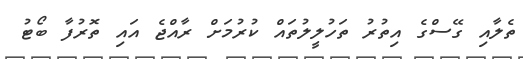
ތެލާއި ގޭސްގެ އިތުރު ތަހުލީލުތައް ކުރުމަށް ރާއްޖެ އައި ތޮރުފާ ބޯޓު